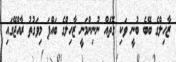
ޒާހިލްގެ ބޭބެ ބުނީ ވަކި ގޮތަެއް ނުނިންމަނީ ޒާހިލްގެ ބައްޕަ މިވަގުތު ރާއްޖޭގައި